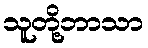
သူတို့ဘာသာ